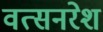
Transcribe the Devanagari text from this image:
वत्सनरेश